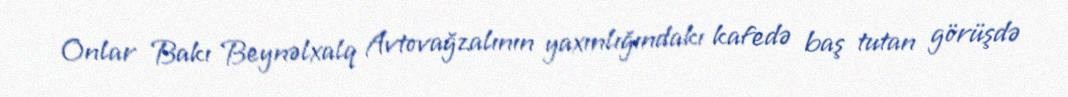
Onlar Bakı Beynəlxalq Avtovağzalının yaxınlığındakı kafedə baş tutan görüşdə